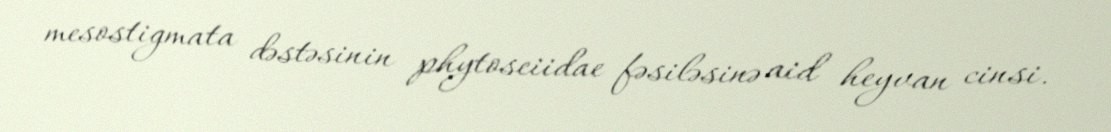
mesostigmata dəstəsinin phytoseiidae fəsiləsinə aid heyvan cinsi.